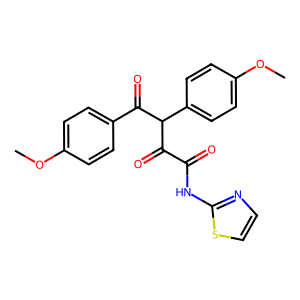
SMILES: COc1ccc(C(=O)C(C(=O)C(=O)Nc2nccs2)c2ccc(OC)cc2)cc1
Inhibits HIV replication: No